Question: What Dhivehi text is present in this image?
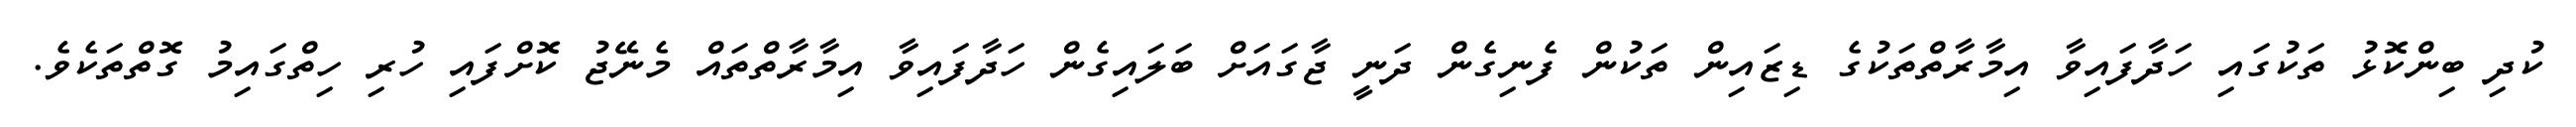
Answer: ކުދި ބިންކޮޅު ތަކުގައި ހަދާފައިވާ އިމާރާތްތަކުގެ ޑިޒައިން ތަކުން ފެނިގެން ދަނީ ޖާގައަށް ބަލައިގެން ހަދާފައިވާ އިމާރާތްތައް މެނޭޖު ކޮށްފައި ހުރި ހިތްގައިމު ގޮތްތަކެވެ.